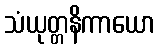
သံယုတ္တနိကာယော